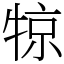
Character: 㹁